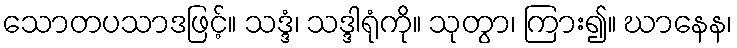
သောတပသာဒဖြင့်။ သဒ္ဒံ၊ သဒ္ဒါရုံကို။ သုတွာ၊ ကြား၍။ ဃာနေန၊